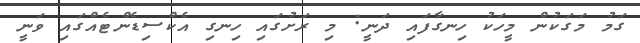
ގަމު މަގަކުން މީހަކު ހިނގާފައި ދަނީ: މި ރަށުގައި ހިނގި އެކްސިޑެންޓެއްގައި ވަނީ